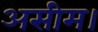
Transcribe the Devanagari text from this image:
असीम।